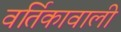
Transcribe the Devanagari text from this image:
वर्तिकावाली